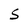
Character: S